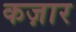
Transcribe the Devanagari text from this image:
कज़ार